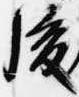
後